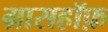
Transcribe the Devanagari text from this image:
ग्रासहॉफ़